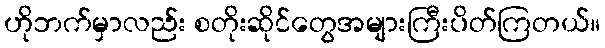
ဟိုဘက်မှာလည်း စတိုးဆိုင်တွေအများကြီးပိတ်ကြတယ်။